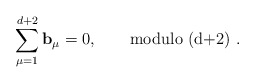
\begin{align*}\sum_{\mu =1}^{d+2}{\bf b}_{\mu }=0,\qquad \mbox {modulo (d+2) }.\end{align*}